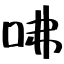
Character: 咈